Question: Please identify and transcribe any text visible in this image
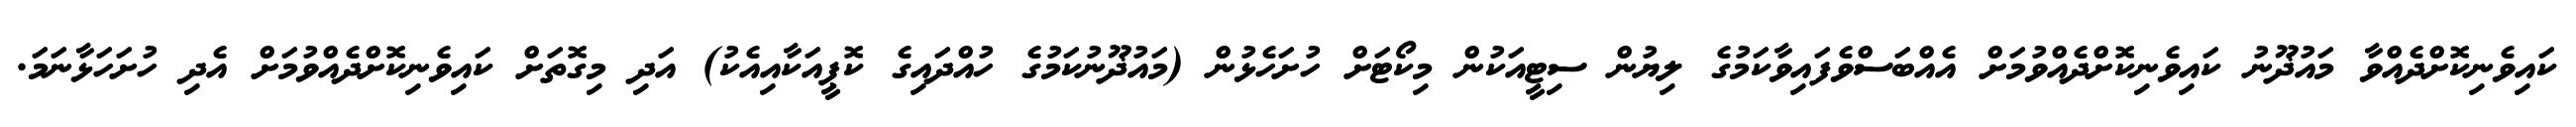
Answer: ކައިވެނިކޮށްދެއްވާ މައުޛޫނު ކައިވެނިކޮށްދެއްވުމަށް އެއްބަސްވެފައިވާކަމުގެ ލިޔުން ސިޓީއަކުން މިކޯޓަށް ހުށަހެޅުން (މައުޛޫނުކަމުގެ ހުއްދައިގެ ކޮޕީއަކާއިއެކު) އަދި މިގޮތަށް ކައިވެނިކޮށްދެއްވުމަށް އެދި ހުށަހަޅާނަމަ.